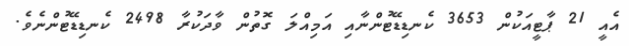
އެއީ 21 ޕާޓީއަކުން 3653 ކެނޑިޑޭޓުންނާއި އަމިއްލަ ގޮތުން ވާދަކުރާ 2498 ކެނޑިޑޭޓުންނެވެ.